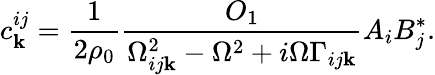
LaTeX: c_{\mathbf{k}}^{ij}=\frac{{1}}{{2\rho_{0}}}\frac{{O_{1}}}{{\Omega_{ij\mathbf{k}}^{2}-\Omega^{2}+i\Omega\Gamma_{ij\mathbf{k}}}}A_{i}B_{j}^{*}.